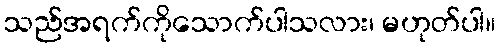
သည်အရက်ကိုသောက်ပါသလား၊ မဟုတ်ပါ။